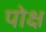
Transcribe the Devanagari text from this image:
पोक्ष